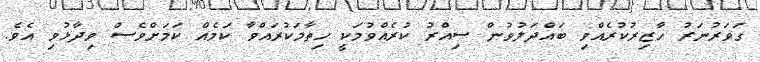
ގަވަރުނަރު ހާޒިރުކުރެއްވި ބައްދަލުވުން ސިއްރު ކުރެއްވުމަކީ ހިތާމަކުރައްވާ ކަމެއް ކަމަށްވެސް ވިދާޅުވި އެވެ.